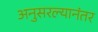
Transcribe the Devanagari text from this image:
अनुसरल्यानंतर